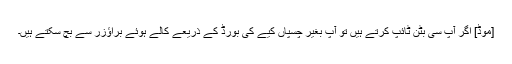
[موڈ] اگر آپ سی بٹن ٹائپ کرتے ہیں تو آپ بغیر چسپاں کیے کی بورڈ کے ذریعے کالے ہوئے براؤزر سے بچ سکتے ہیں۔